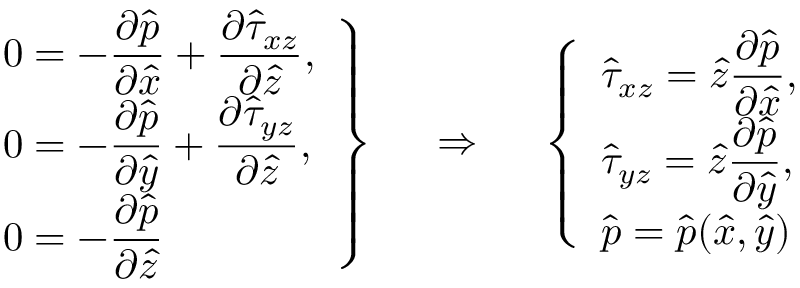
\left. \begin{array} { l } { 0 = - \displaystyle \frac { \partial \hat { p } } { \partial \hat { x } } + \frac { \partial \hat { \tau } _ { x z } } { \partial \hat { z } } , } \\ { 0 = - \displaystyle \frac { \partial \hat { p } } { \partial \hat { y } } + \frac { \partial \hat { \tau } _ { y z } } { \partial \hat { z } } , } \\ { 0 = - \displaystyle \frac { \partial \hat { p } } { \partial \hat { z } } } \end{array} \right\} ~ ~ ~ ~ \Rightarrow ~ ~ ~ ~ \left\{ \begin{array} { l } { \hat { \tau } _ { x z } = \hat { z } \displaystyle \frac { \partial \hat { p } } { \partial \hat { x } } , } \\ { \hat { \tau } _ { y z } = \hat { z } \displaystyle \frac { \partial \hat { p } } { \partial \hat { y } } , } \\ { \hat { p } = \hat { p } ( \hat { x } , \hat { y } ) } \end{array} \right.